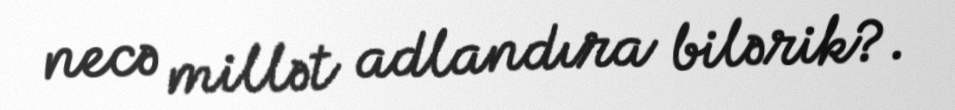
necə millət adlandıra bilərik?.